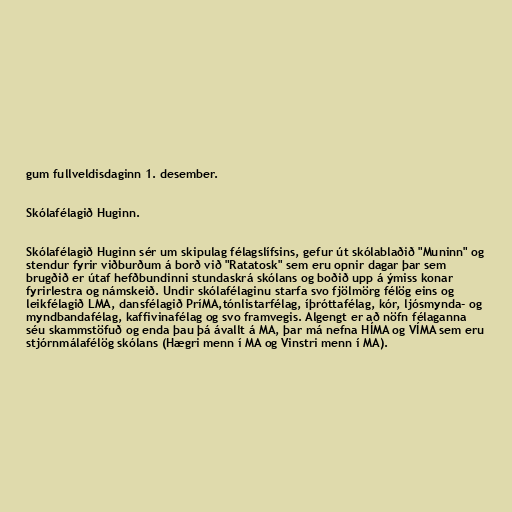
gum fullveldisdaginn 1. desember.

Skólafélagið Huginn.

Skólafélagið Huginn sér um skipulag félagslífsins, gefur út skólablaðið "Muninn" og
stendur fyrir viðburðum á borð við "Ratatosk" sem eru opnir dagar þar sem
brugðið er útaf hefðbundinni stundaskrá skólans og boðið upp á ýmiss konar
fyrirlestra og námskeið. Undir skólafélaginu starfa svo fjölmörg félög eins og
leikfélagið LMA, dansfélagið PríMA,tónlistarfélag, íþróttafélag, kór, ljósmynda- og
myndbandafélag, kaffivinafélag og svo framvegis. Algengt er að nöfn félaganna
séu skammstöfuð og enda þau þá ávallt á MA, þar má nefna HÍMA og VÍMA sem eru
stjórnmálafélög skólans (Hægri menn í MA og Vinstri menn í MA).